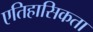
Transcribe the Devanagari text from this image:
एतिहासिकता